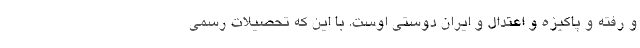
و رُفته و پاکیزه و اعتدال و ایران دوستی اوست. با این که تحصیلات رسمی